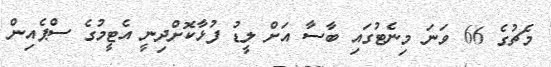
މެޗުގެ 66 ވަނަ މިނެޓުގައި ބާސާ އަށް ލީޑު ފުޅާކޮށްދިނީ އެޓީމުގެ ސްޕެއިން